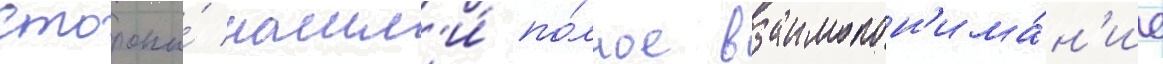
Стороны́ нашл'и́ по́лное взаимопон'има́н'ие